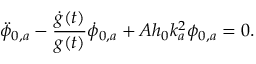
\ddot { \phi } _ { 0 , a } - \frac { \dot { g } ( t ) } { g ( t ) } \dot { \phi } _ { 0 , a } + A h _ { 0 } k _ { a } ^ { 2 } \phi _ { 0 , a } = 0 .